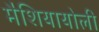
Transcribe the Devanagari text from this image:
मैशियायोली